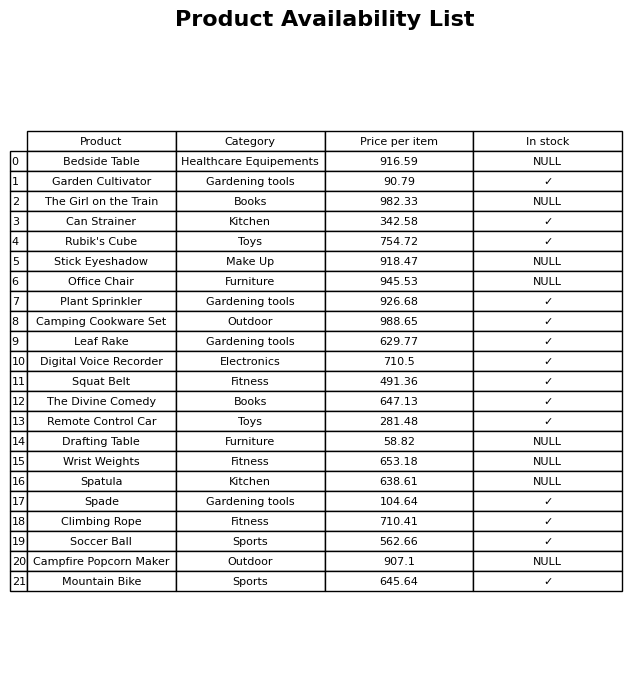
question: What is the price of the Office Chair?
answer: The price of Office Chair is 945.53.